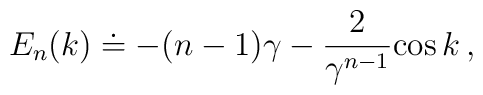
E_n(k) \doteq -(n-1)\gamma -{2 \over \gamma\sp {n-1}}{\rm cos}\,k\,,